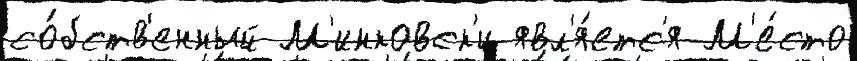
со́бств'енный М'инковск'и явл'я́етс'я М'е́сто